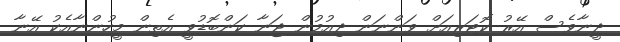
ދީނާވެސް އޭރު ކޮޓަރިއަށް ވަންނަން ދިއުމުން ޖަނާ ކަންބޮޑުވީ އެތިން މީހުންނާއެކު އޭނާ